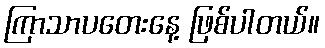
ကြာသာပတေးနေ့ ဖြစ်ပါတယ်။